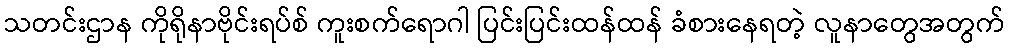
သတင်းဌာန ကိုရိုနာဗိုင်းရပ်စ် ကူးစက်ရောဂါ ပြင်းပြင်းထန်ထန် ခံစားနေရတဲ့ လူနာတွေအတွက်